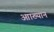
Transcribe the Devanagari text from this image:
आाख्यान